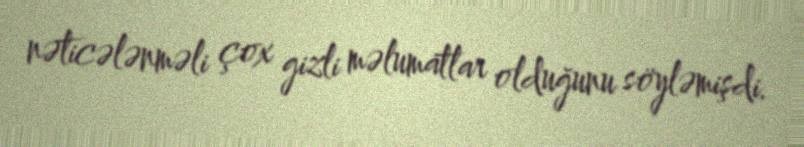
nəticələnməli çox gizli məlumatlar olduğunu söyləmişdi.